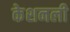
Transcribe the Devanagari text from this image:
केशनली